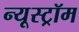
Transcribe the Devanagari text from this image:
न्यूस्ट्रॉम